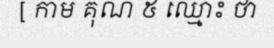
[ កាម គុណ ៥ ឈ្មោះ ថា